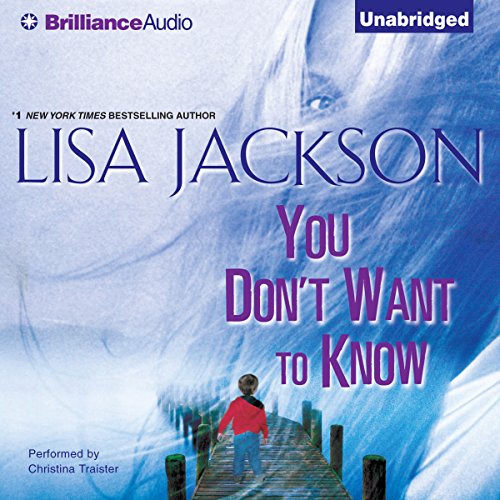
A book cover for You Don't Want to Know; Lisa Jackson; Romance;